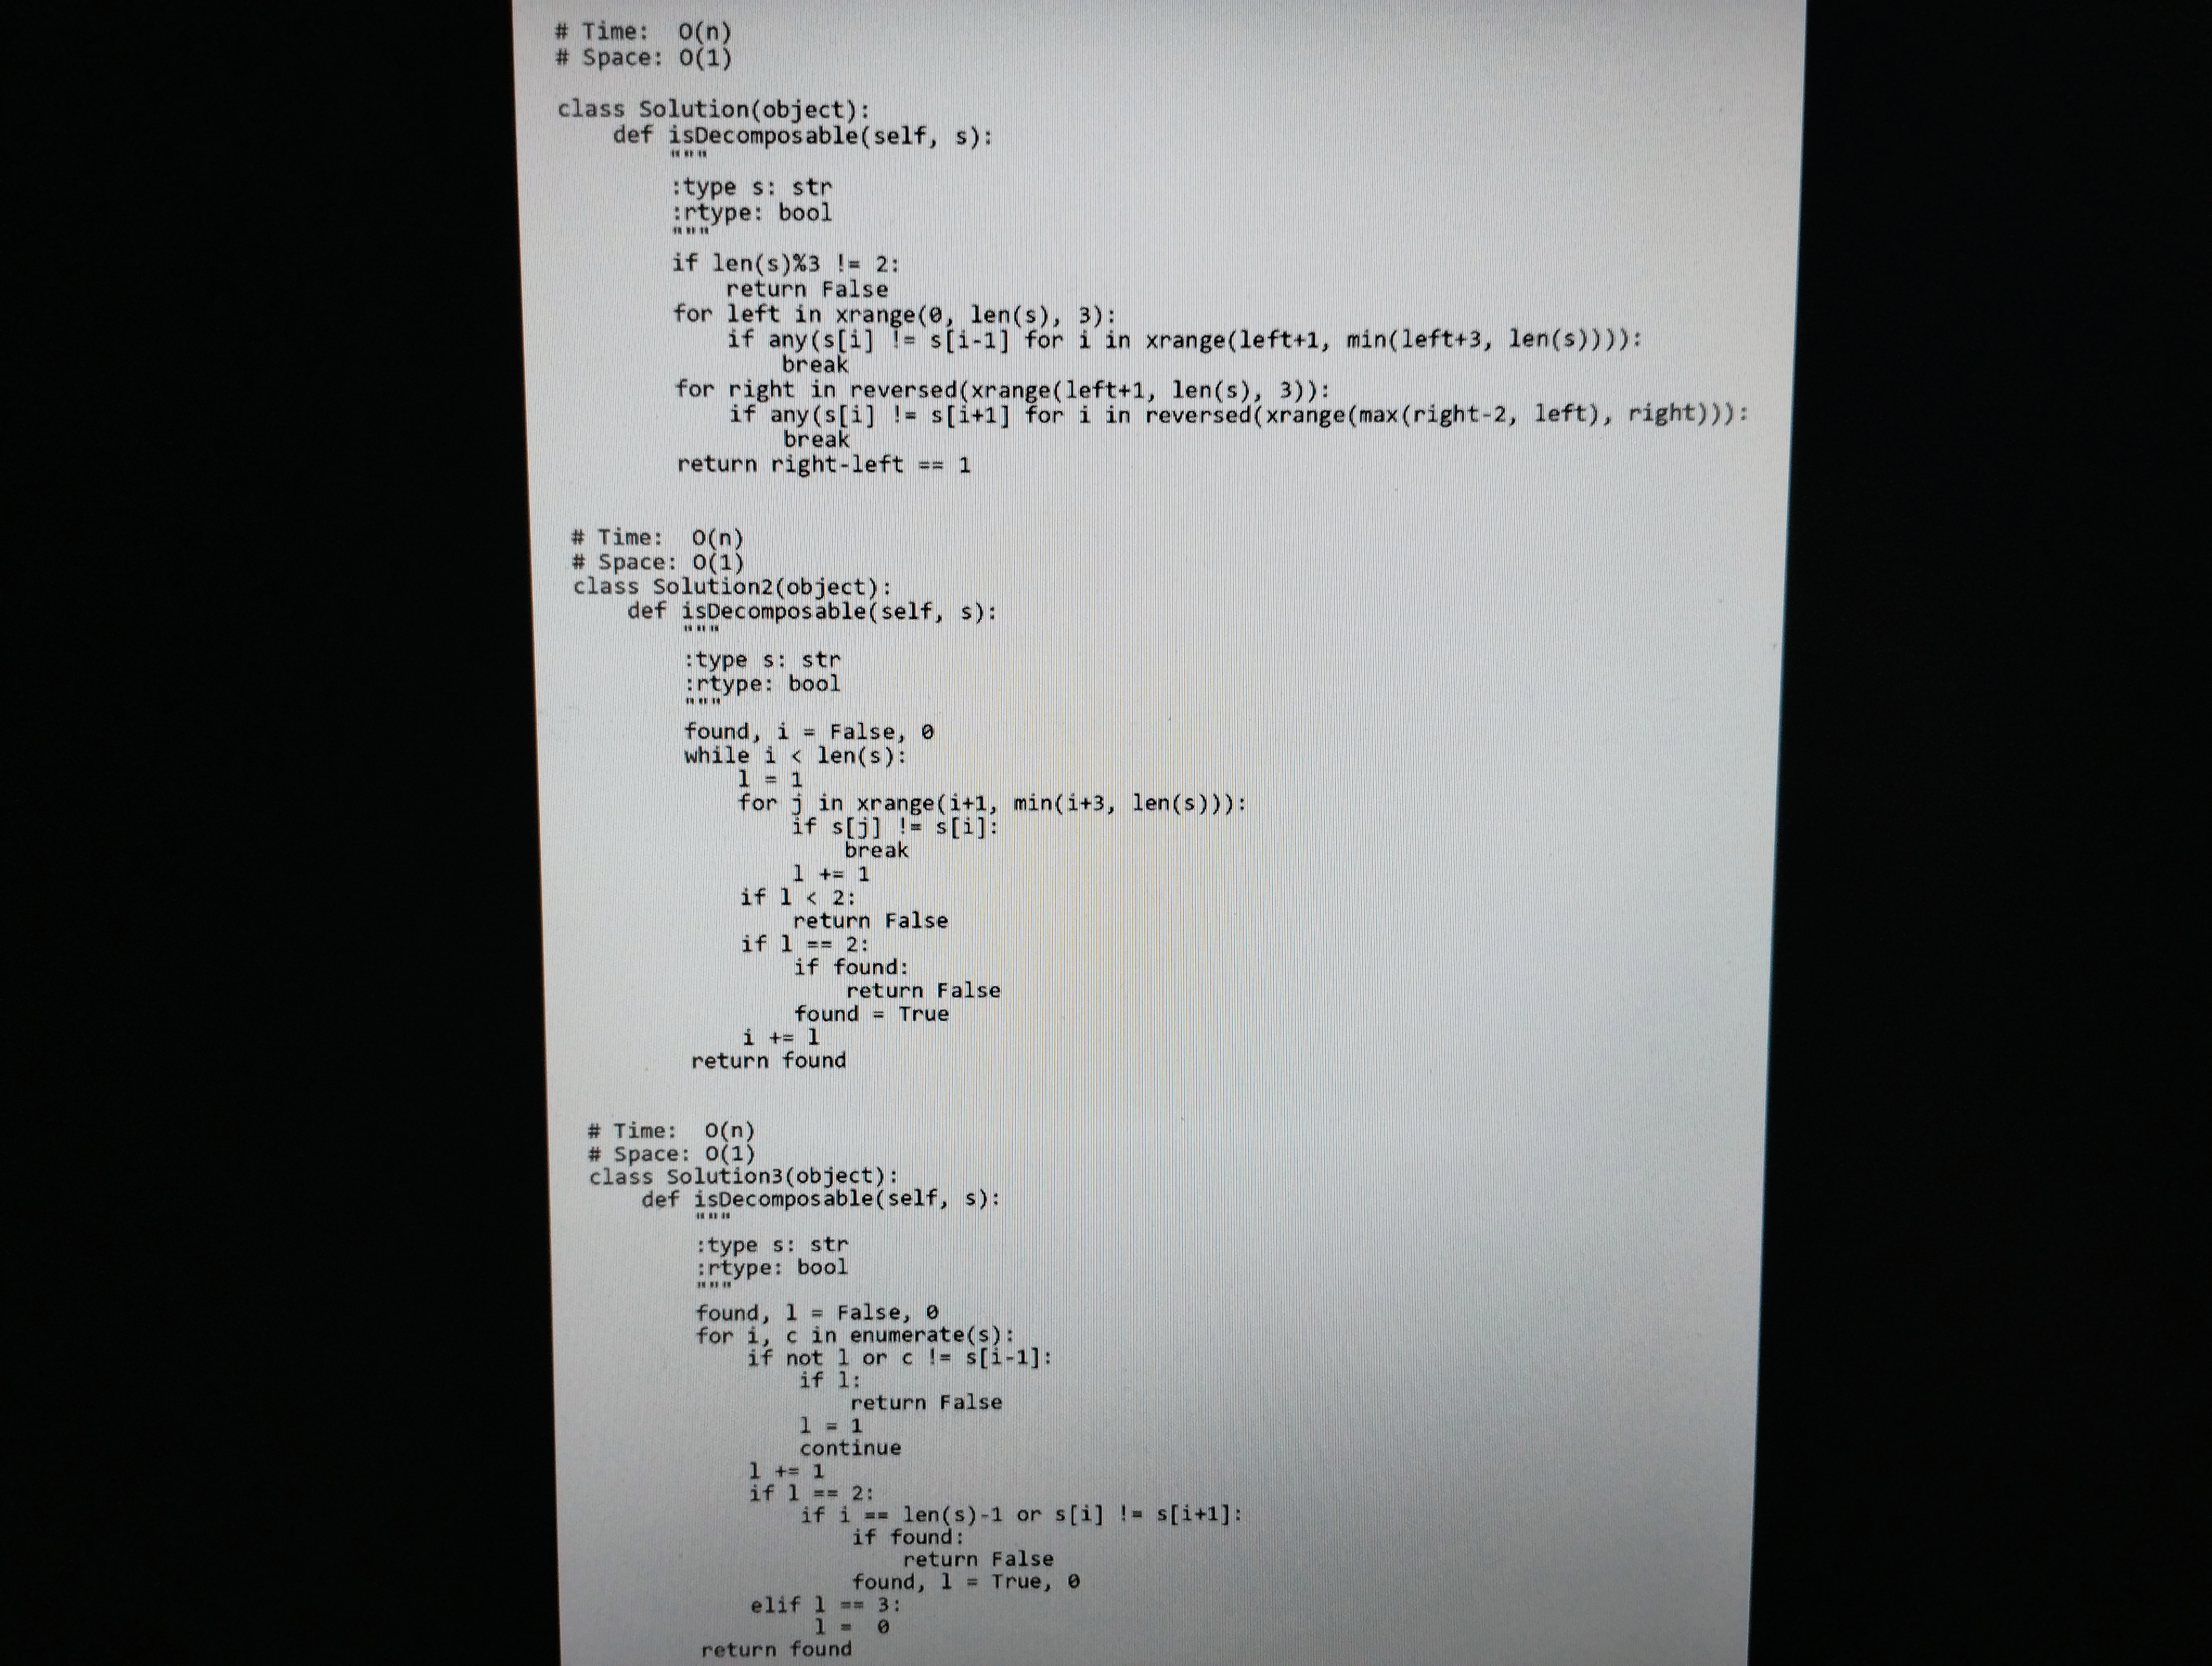
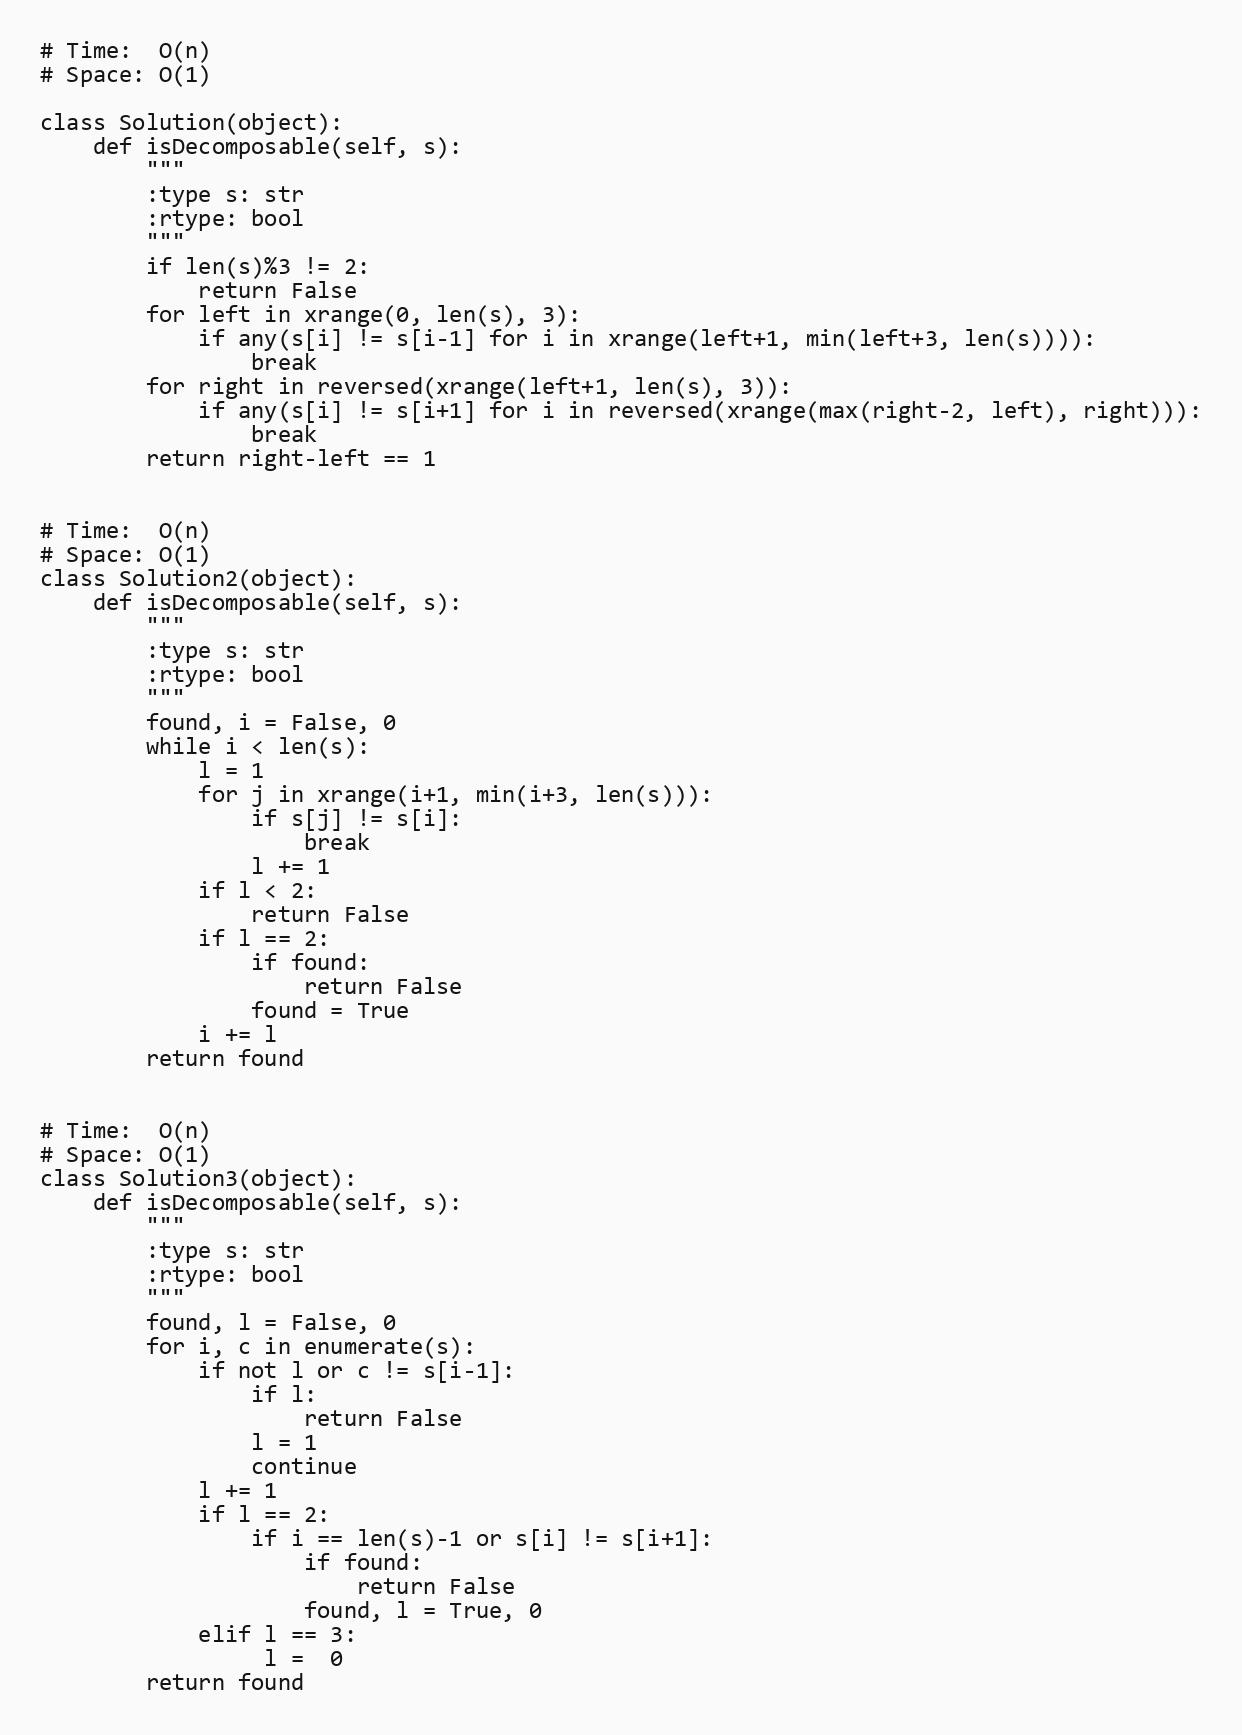
# Time:  O(n)
# Space: O(1)

class Solution(object):
    def isDecomposable(self, s):
        """
        :type s: str
        :rtype: bool
        """
        if len(s)%3 != 2:
            return False
        for left in xrange(0, len(s), 3):
            if any(s[i] != s[i-1] for i in xrange(left+1, min(left+3, len(s)))):
                break
        for right in reversed(xrange(left+1, len(s), 3)):
            if any(s[i] != s[i+1] for i in reversed(xrange(max(right-2, left), right))):
                break
        return right-left == 1

# Time:  O(n)
# Space: O(1)
class Solution2(object):
    def isDecomposable(self, s):
        """
        :type s: str
        :rtype: bool
        """
        found, i = False, 0
        while i < len(s):
            l = 1
            for j in xrange(i+1, min(i+3, len(s))):
                if s[j] != s[i]:
                    break
                l += 1
            if l < 2:
                return False
            if l == 2:
                if found:
                    return False
                found = True
            i += l
        return found

# Time:  O(n)
# Space: O(1)
class Solution3(object):
    def isDecomposable(self, s):
        """
        :type s: str
        :rtype: bool
        """
        found, l = False, 0
        for i, c in enumerate(s):
            if not l or c != s[i-1]:
                if l:
                    return False
                l = 1
                continue
            l += 1
            if l == 2:
                if i == len(s)-1 or s[i] != s[i+1]:
                    if found:
                        return False
                    found, l = True, 0
            elif l == 3:
                 l =  0
        return found